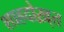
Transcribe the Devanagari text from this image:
शाहदोख़्त